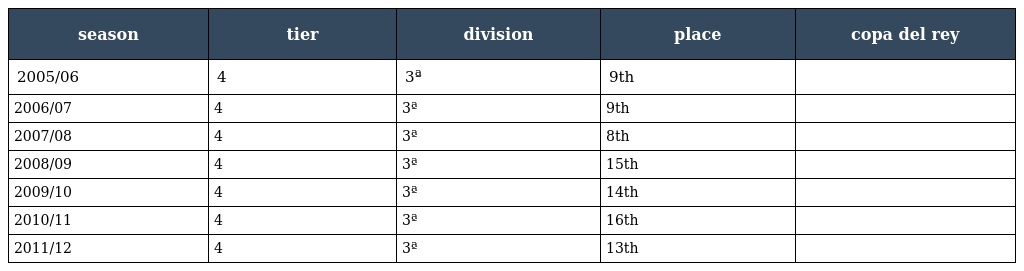
| season | tier | division | place | copa del rey |
 | --- | --- | --- | --- | --- |
 | 2005/06 | 4 | 3ª | 9th |  |
 | 2006/07 | 4 | 3ª | 9th |  |
 | 2007/08 | 4 | 3ª | 8th |  |
 | 2008/09 | 4 | 3ª | 15th |  |
 | 2009/10 | 4 | 3ª | 14th |  |
 | 2010/11 | 4 | 3ª | 16th |  |
 | 2011/12 | 4 | 3ª | 13th |  |